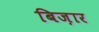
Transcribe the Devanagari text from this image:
बिज़ार